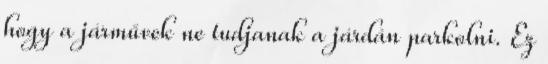
hogy a járművek ne tudjanak a járdán parkolni. Ez